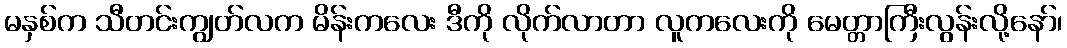
မနှစ်က သီတင်းကျွတ်လက မိန်းကလေး ဒီကို လိုက်လာတာ လူကလေးကို မေတ္တာကြီးလွန်းလို့နော်၊